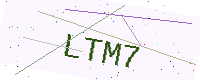
Text: LTM7